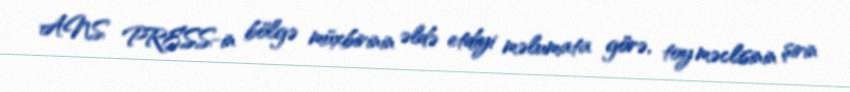
ANS PRESS-in bölgə müxbirinin əldə etdiyi məlumata görə, toy məclisinin şirin